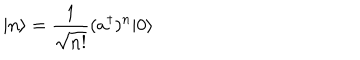
LaTeX: | n \rangle = \frac { 1 } { \sqrt { n ! } } ( a ^ { \dagger } ) ^ { n } | 0 \rangle